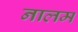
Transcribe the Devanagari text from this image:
नालम